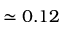
\simeq 0 . 1 2